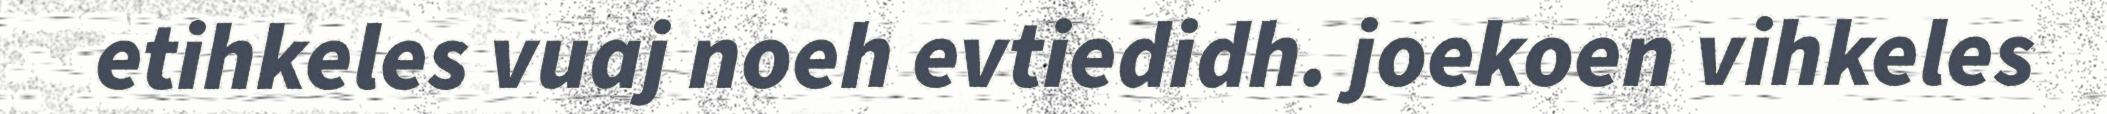
etihkeles vuaj noeh evtiedidh. joekoen vihkeles